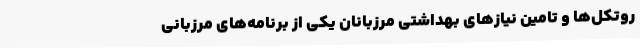
روتکل‌ها و تامین نیازهای بهداشتی مرزبانان یکی از برنامه‌های مرزبانی